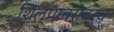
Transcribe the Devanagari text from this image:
शिल्पाबरोबरच